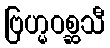
ဗြဟ္မဝစ္ဆသီ